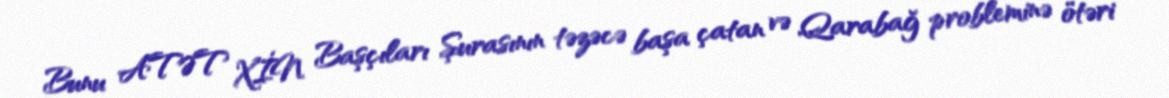
Bunu ATƏT XİN Başçıları Şurasının təzəcə başa çatan və Qarabağ probleminə ötəri